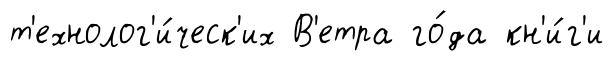
т'ехнолог'и́ческ'их В'етра го́да кн'и́г'и